Civil Veterinary Dept. North-West Frontier Province 1901-22 - 1901-1922
Year: 1901
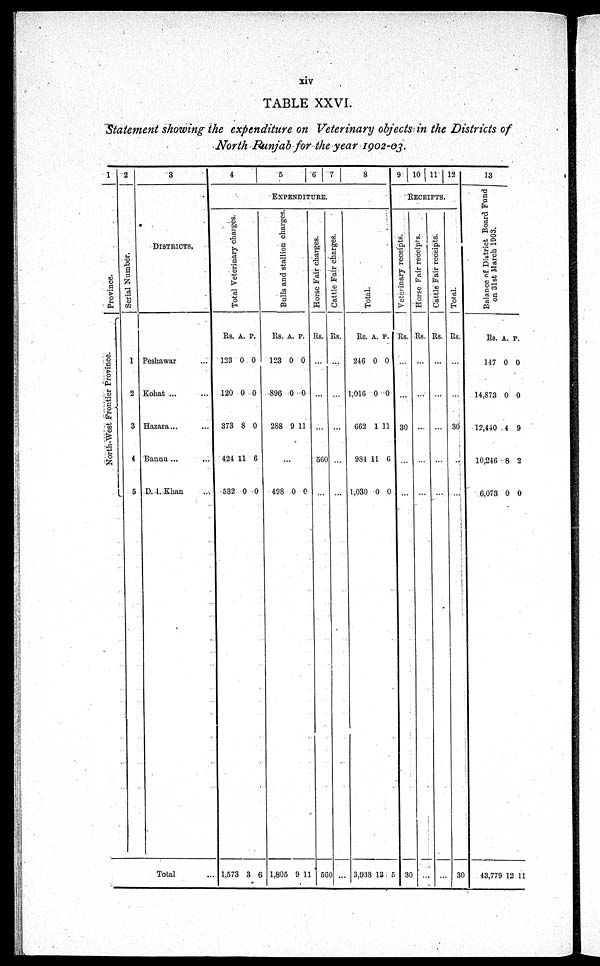
xiv
TABLE XXVI.
Statement showing the expenditure on Veterinary objects in the Districts of
North Punjab for the year 1902-03.
1
Province.
North-West Frontier Province.
2
Serial Number.
1
2
3
4
5
3
DISTRICTS.
Peshawar ...
Kohat
...
...
Hazara... ...
Bannu ... ...
D. I. Khan ...
Total ...
4 5 6 7 8
EXPENDITURE.
Total Veterinary charges.
Rs.
123
120
373
424
532
1,573
A.
0
0
8
11
0
3
P.
0
0
0
6
0
6
Bulls and stallion charges.
Rs.
123
896
288
...
498
1,805
A.
0
0
9
0
9
P.
0
0
11
...
0
11
Horse Fair charges.
Rs.
...
...
...
500
...
560
Cattle Fair charges.
Rs.
...
...
...
...
...
...
Total.
Rs.
246
1,016
662
984
1,030
3,938
A.
0
0
1
11
0
13
P.
0
0
11
6
0
5
9
10
11 12
RECEIPTS.
Veterinary receipts.
Rs.
...
...
30
...
...
30
Horse Fair receipts.
Rs.
...
...
...
...
...
...
Cattle Fair receipts.
Rs.
...
...
...
...
...
...
Total.
Rs.
...
...
30
.....
...
30
13
Balance of District Board Fund
on 31st March 1903.
Rs.
147
14,873
12,440
10,246
6,073
43,779
A.
0
0
4
8
0
12
P.
0
0
9
2
0
11